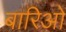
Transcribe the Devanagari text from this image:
बारिओ